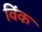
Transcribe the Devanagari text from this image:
विंक